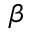
\beta